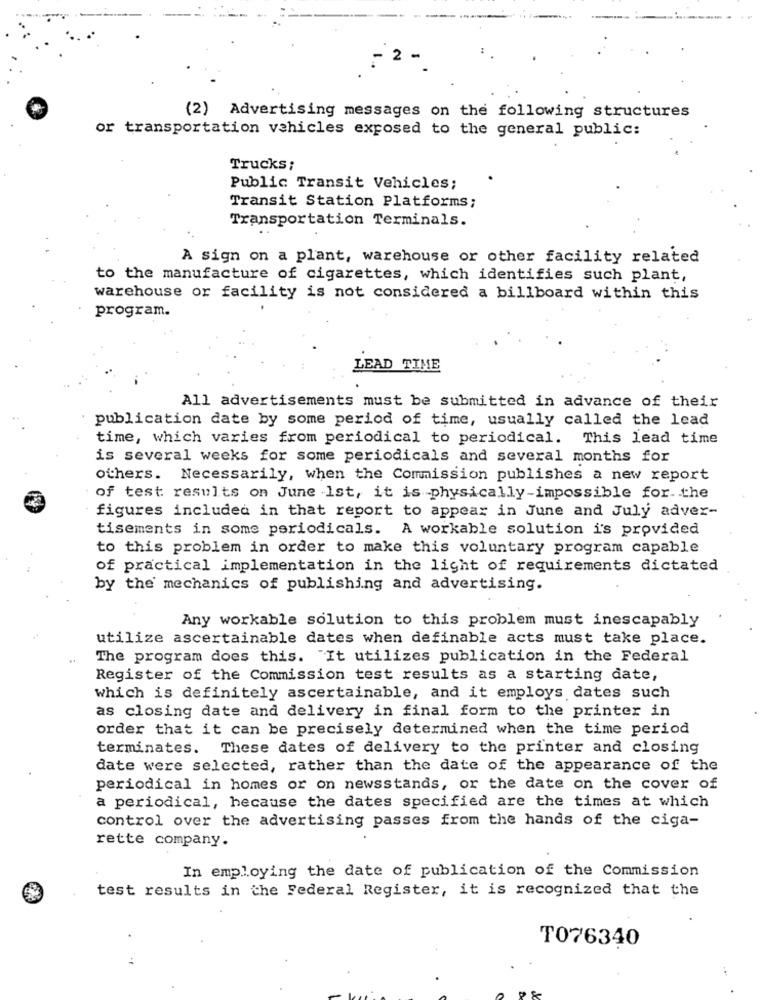
2
(2) Advertising messages on the following structures
or transportation vehicles exposed to the general public:
Trucks;
Public Transit Vehicles;
Transit Station Platforms;
Transportation Terminals.
A sign on a plant, warehouse or other facility related
to the manufacture of cigarettes, which identifies such plant,
warehouse or facility is not considered a billboard within this
program.
LEAD TIME
All advertisements must be submitted in advance of their
publication date by some period of time, usually called the lead
time, which varies from periodical to periodical. This lead time
is several weeks for some periodicals and several months for
others. Necessarily, when the Commission publishes a new report
of test results on June 1st, it is physically-impossible for.the
figures included in that report to appear in June and July adver-
tisements in some periodicals. A workable solution is provided
to this problem in order to make this voluntary program capable
of practical implementation in the light of requirements dictated
by the mechanics of publishing and advertising.
Any workable solution to this problem must inescapably
utilize ascertainable dates when definable acts must take place.
The program does this. "It utilizes publication in the Federal
Register of the Commission test results as a starting date,
which is definitely ascertainable, and it employs dates such
as closing date and delivery in final form to the printer in
order that it can be precisely determined when the time period
terminates. These dates of delivery to the printer and closing
date were selected, rather than the date of the appearance of the
periodical in homes or on newsstands, or the date on the cover of
a periodical, hecause the dates specified are the times at which
control over the advertising passes from the hands of the ciga-
rette company.
In employing the date of publication of the Commission
test results in the Federal Register, it is recognized that the
T076340